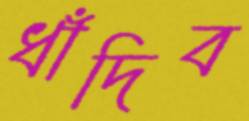
ধাঁদিব